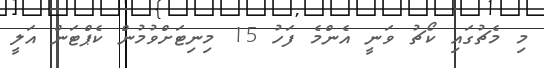
މި މެޗުގައި ކޯޗު ވަނީ އެންމެ ފަހު 15 މިނިޓަށްވުމުން ކެޕްޓަން އަލީ